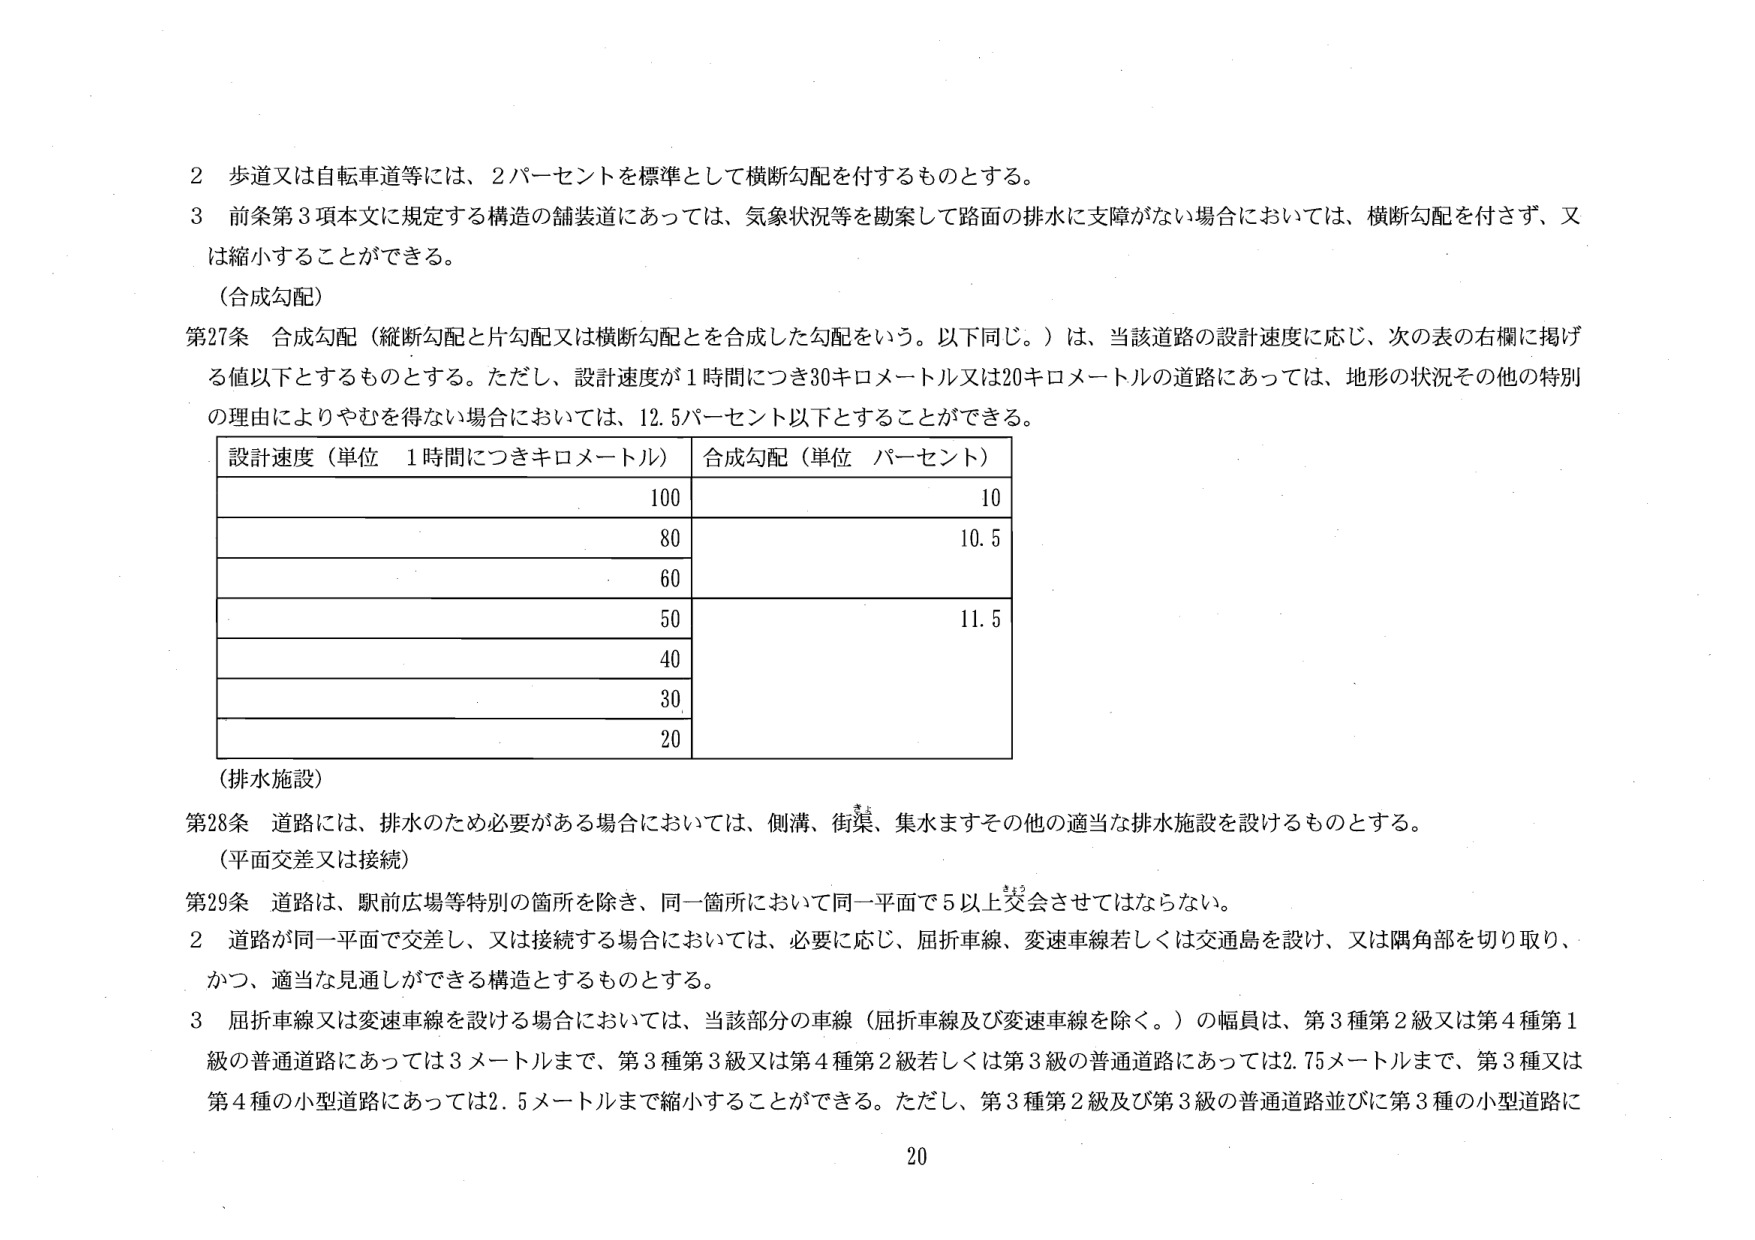
2 歩道又は自転車道等には、2パーセントを標準として横断勾配を付するものとする。

3 前条第3項本文に規定する構造の舗装道にあっては、気象状況等を勘案して路面の排水に支障がない場合においては、横断勾配を付さず、又は縮小することができる。

（合成勾配）

第27条 合成勾配（縦断勾配と片勾配又は横断勾配とを合成した勾配をいう。以下同じ。）は、当該道路の設計速度に応じ、次の表の右欄に掲げる値以下とするものとする。ただし、設計速度が1時間につき30キロメートル又は20キロメートルの道路にあっては、地形の状況その他の特別の理由によりやむを得ない場合においては、12.5パーセント以下とすることができる。

| 設計速度（単位 1時間につきキロメートル） | 合成勾配（単位 パーセント） |
|------------------------------------------|------------------------------|
| 100                                      | 10                           |
| 80                                       | 10.5                         |
| 60                                       |                              |
| 50                                       | 11.5                         |
| 40                                       |                              |
| 30                                       |                              |
| 20                                       |                              |

（排水施設）

第28条 道路には、排水のため必要がある場合においては、側溝、街渠、集水ますその他の適当な排水施設を設けるものとする。

（平面交差又は接続）

第29条 道路は、駅前広場等特別の箇所を除き、同一箇所において同一平面で5以上交会させてはならない。

2 道路が同一平面で交差し、又は接続する場合においては、必要に応じ、屈折車線、変速車線若しくは交通島を設け、又は隅角部を切り取り、かつ、適当な見通しができる構造とするものとする。

3 屈折車線又は変速車線を設ける場合においては、当該部分の車線（屈折車線及び変速車線を除く。）の幅員は、第3種第2級又は第4種第1級の普通道路にあっては3メートルまで、第3種第3級又は第4種第2級若しくは第3級の普通道路にあっては2.75メートルまで、第3種又は第4種の小型道路にあっては2.5メートルまで縮小することができる。ただし、第3種第2級及び第3級の普通道路並びに第3種の小型道路に

20